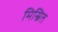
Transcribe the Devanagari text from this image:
मिस्रित